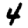
Digit: 4